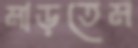
মাড়তেম